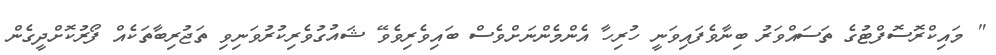
" މައިކްރޮސޮފްޓުގެ ތަސައްވަރު ބިނާވެފައިވަނީ ހުރިހާ އެންމެންނަށްވެސް ބައިވެރިވެވޭ ޝައުގުވެރިކުރުވަނިވި ތަޖުރިބާތަކެއް ފޯރުކޮށްދީގެން